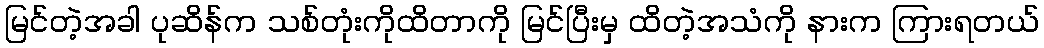
မြင်တဲ့အခါ ပုဆိန်က သစ်တုံးကိုထိတာကို မြင်ပြီးမှ ထိတဲ့အသံကို နားက ကြားရတယ်